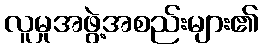
လူမှုအဖွဲ့အစည်းများ၏